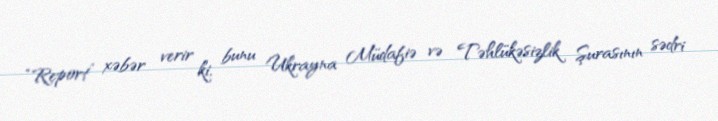
“Report” xəbər verir ki, bunu Ukrayna Müdafiə və Təhlükəsizlik Şurasının sədri